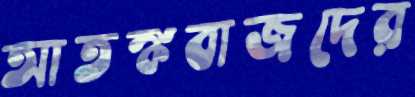
আতঙ্কবাজদের